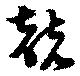
兢